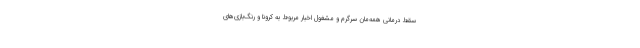
سقط درمانی همه‌مان سرگرم و مشغول اخبار مربوط به کرونا و رنگ‌بازی‌های